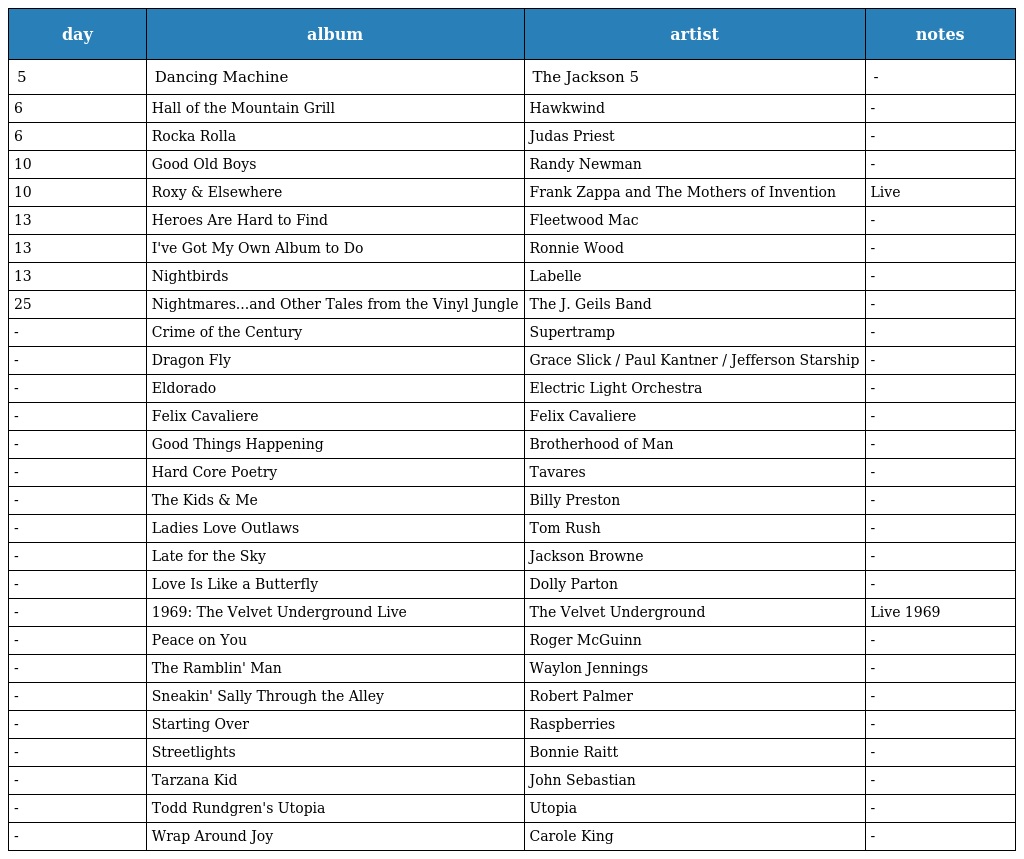
| day | album | artist | notes |
 | --- | --- | --- | --- |
 | 5 | Dancing Machine | The Jackson 5 | - |
 | 6 | Hall of the Mountain Grill | Hawkwind | - |
 | 6 | Rocka Rolla | Judas Priest | - |
 | 10 | Good Old Boys | Randy Newman | - |
 | 10 | Roxy & Elsewhere | Frank Zappa and The Mothers of Invention | Live |
 | 13 | Heroes Are Hard to Find | Fleetwood Mac | - |
 | 13 | I've Got My Own Album to Do | Ronnie Wood | - |
 | 13 | Nightbirds | Labelle | - |
 | 25 | Nightmares...and Other Tales from the Vinyl Jungle | The J. Geils Band | - |
 | - | Crime of the Century | Supertramp | - |
 | - | Dragon Fly | Grace Slick / Paul Kantner / Jefferson Starship | - |
 | - | Eldorado | Electric Light Orchestra | - |
 | - | Felix Cavaliere | Felix Cavaliere | - |
 | - | Good Things Happening | Brotherhood of Man | - |
 | - | Hard Core Poetry | Tavares | - |
 | - | The Kids & Me | Billy Preston | - |
 | - | Ladies Love Outlaws | Tom Rush | - |
 | - | Late for the Sky | Jackson Browne | - |
 | - | Love Is Like a Butterfly | Dolly Parton | - |
 | - | 1969: The Velvet Underground Live | The Velvet Underground | Live 1969 |
 | - | Peace on You | Roger McGuinn | - |
 | - | The Ramblin' Man | Waylon Jennings | - |
 | - | Sneakin' Sally Through the Alley | Robert Palmer | - |
 | - | Starting Over | Raspberries | - |
 | - | Streetlights | Bonnie Raitt | - |
 | - | Tarzana Kid | John Sebastian | - |
 | - | Todd Rundgren's Utopia | Utopia | - |
 | - | Wrap Around Joy | Carole King | - |